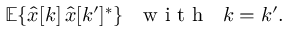
{ \mathbb E } \{ \hat { x } [ k ] \, \hat { x } [ k ^ { \prime } ] ^ { * } \} ~ ~ \mathrm { ~ w ~ i ~ t ~ h ~ } ~ ~ k = k ^ { \prime } .